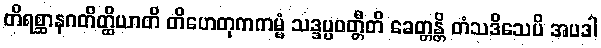
တိရစ္ဆာနဂတိတ္ထိယာတိ တိဟေတုကကမ္မံ သဒ္ဒပ္ပဝတ္တီတိ ခေတ္တန္တိ တံသဒိသေပိ အပဒါ